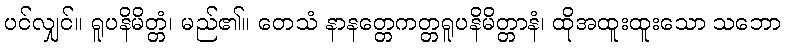
ပင်လျှင်။ ရူပနိမိတ္တံ၊ မည်၏။ တေသံ နာနတ္တေကတ္တရူပနိမိတ္တာနံ၊ ထိုအထူးထူးသော သဘော